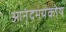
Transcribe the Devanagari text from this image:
आनंदमयकोष